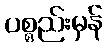
ပစ္စည်းမှန်